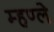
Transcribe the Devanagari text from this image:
म्हण्ले